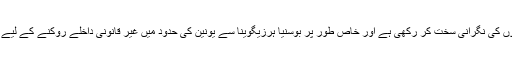
یورپی یونین نے اپنی سرحدوں کی نگرانی سخت کر رکھی ہے اور خاص طور پر بوسنیا ہرزیگوینا سے یونین کی حدود میں غیر قانونی داخلے روکنے کے لیے پیٹرولنگ بڑھا دی گئی ہے۔